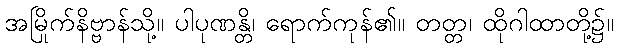
အမြိုက်နိဗ္ဗာန်သို့။ ပါပုဏန္တိ၊ ရောက်ကုန်၏။ တတ္တ၊ ထိုဂါထာတို့၌။